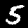
Digit: 5